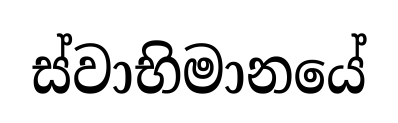
ස්වාභිමානයේ